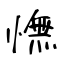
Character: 憮